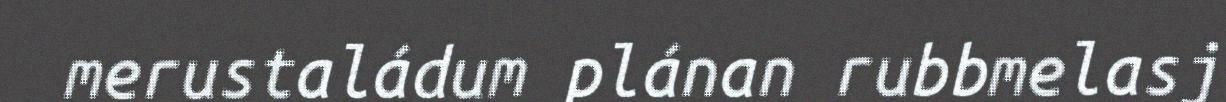
merustaládum plánan rubbmelasj